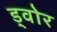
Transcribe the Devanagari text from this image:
ड्वोर